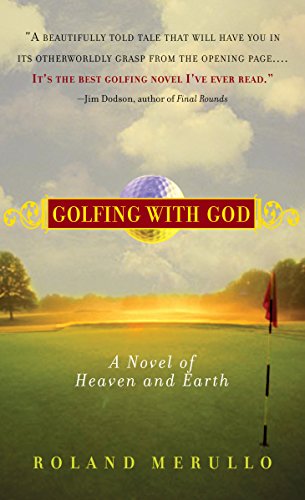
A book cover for Golfing with God: A Novel of Heaven and Earth; Roland Merullo; Literature & Fiction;